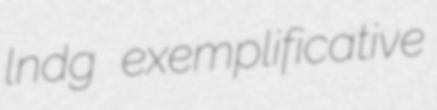
lndg exemplificative